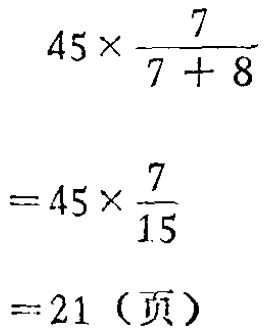
\[

\begin{align*}

&45\times\frac{7}{7 + 8}\\

=&45\times\frac{7}{15}\\

=&21（页）

\end{align*}

\]